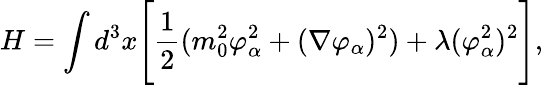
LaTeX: H=\int d^{3}x\Biggl[{\frac{1}{2}}(m_{0}^{2}\varphi_{\alpha}^{2}+(\nabla\varphi_{\alpha})^{2})+\lambda(\varphi_{\alpha}^{2})^{2}\Biggr],\,